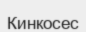
Кинкосес